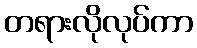
တရားလိုလုပ်ကာ